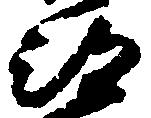
部